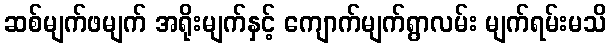
ဆစ်မျက်ဖမျက် အရိုးမျက်နှင့် ကျောက်မျက်ရွာလမ်း မျက်ရမ်းမသိ